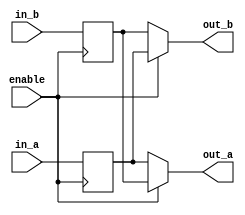
module bidirectional_buffer(
    input wire enable, // Control signal for enabling bidirectional functionality
    input wire in_a, // Input signal from block A
    input wire in_b, // Input signal from block B
    output wire out_a, // Output signal to block A
    output wire out_b // Output signal to block B
);

reg buffer_a, buffer_b; // Internal buffers for storing input signals

always @ (posedge enable) begin
    if(enable) begin
        buffer_a <= in_a;
        buffer_b <= in_b;
    end
end

assign out_a = enable ? buffer_b : buffer_a; // Output signal to block A
assign out_b = enable ? buffer_a : buffer_b; // Output signal to block B

endmodule